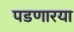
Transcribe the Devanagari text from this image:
पडणारया